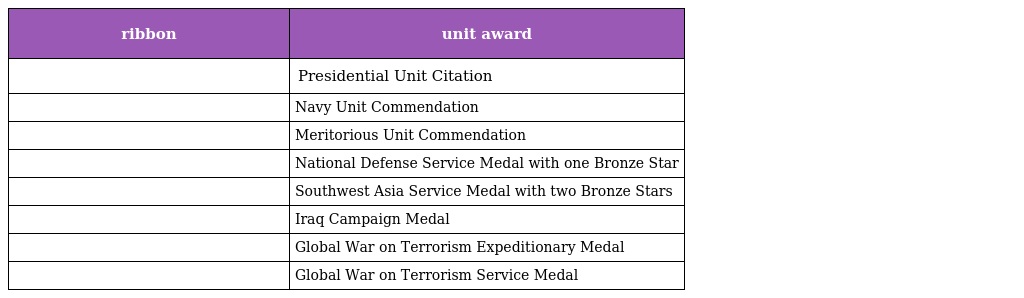
| ribbon | unit award |
 | --- | --- |
 |  | Presidential Unit Citation |
 |  | Navy Unit Commendation |
 |  | Meritorious Unit Commendation |
 |  | National Defense Service Medal with one Bronze Star |
 |  | Southwest Asia Service Medal with two Bronze Stars |
 |  | Iraq Campaign Medal |
 |  | Global War on Terrorism Expeditionary Medal |
 |  | Global War on Terrorism Service Medal |